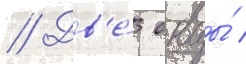
// Дв'е́ овцы́ /